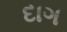
દાગ